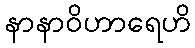
နာနာဝိဟာရေဟိ